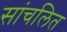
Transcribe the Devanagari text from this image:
सांचलित